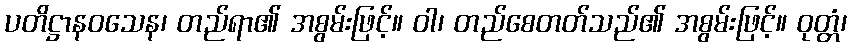
ပတိဋ္ဌာနဝသေန၊ တည်ရာ၏ အစွမ်းဖြင့်။ ဝါ၊ တည်စေတတ်သည်၏ အစွမ်းဖြင့်။ ဝုတ္တံ၊